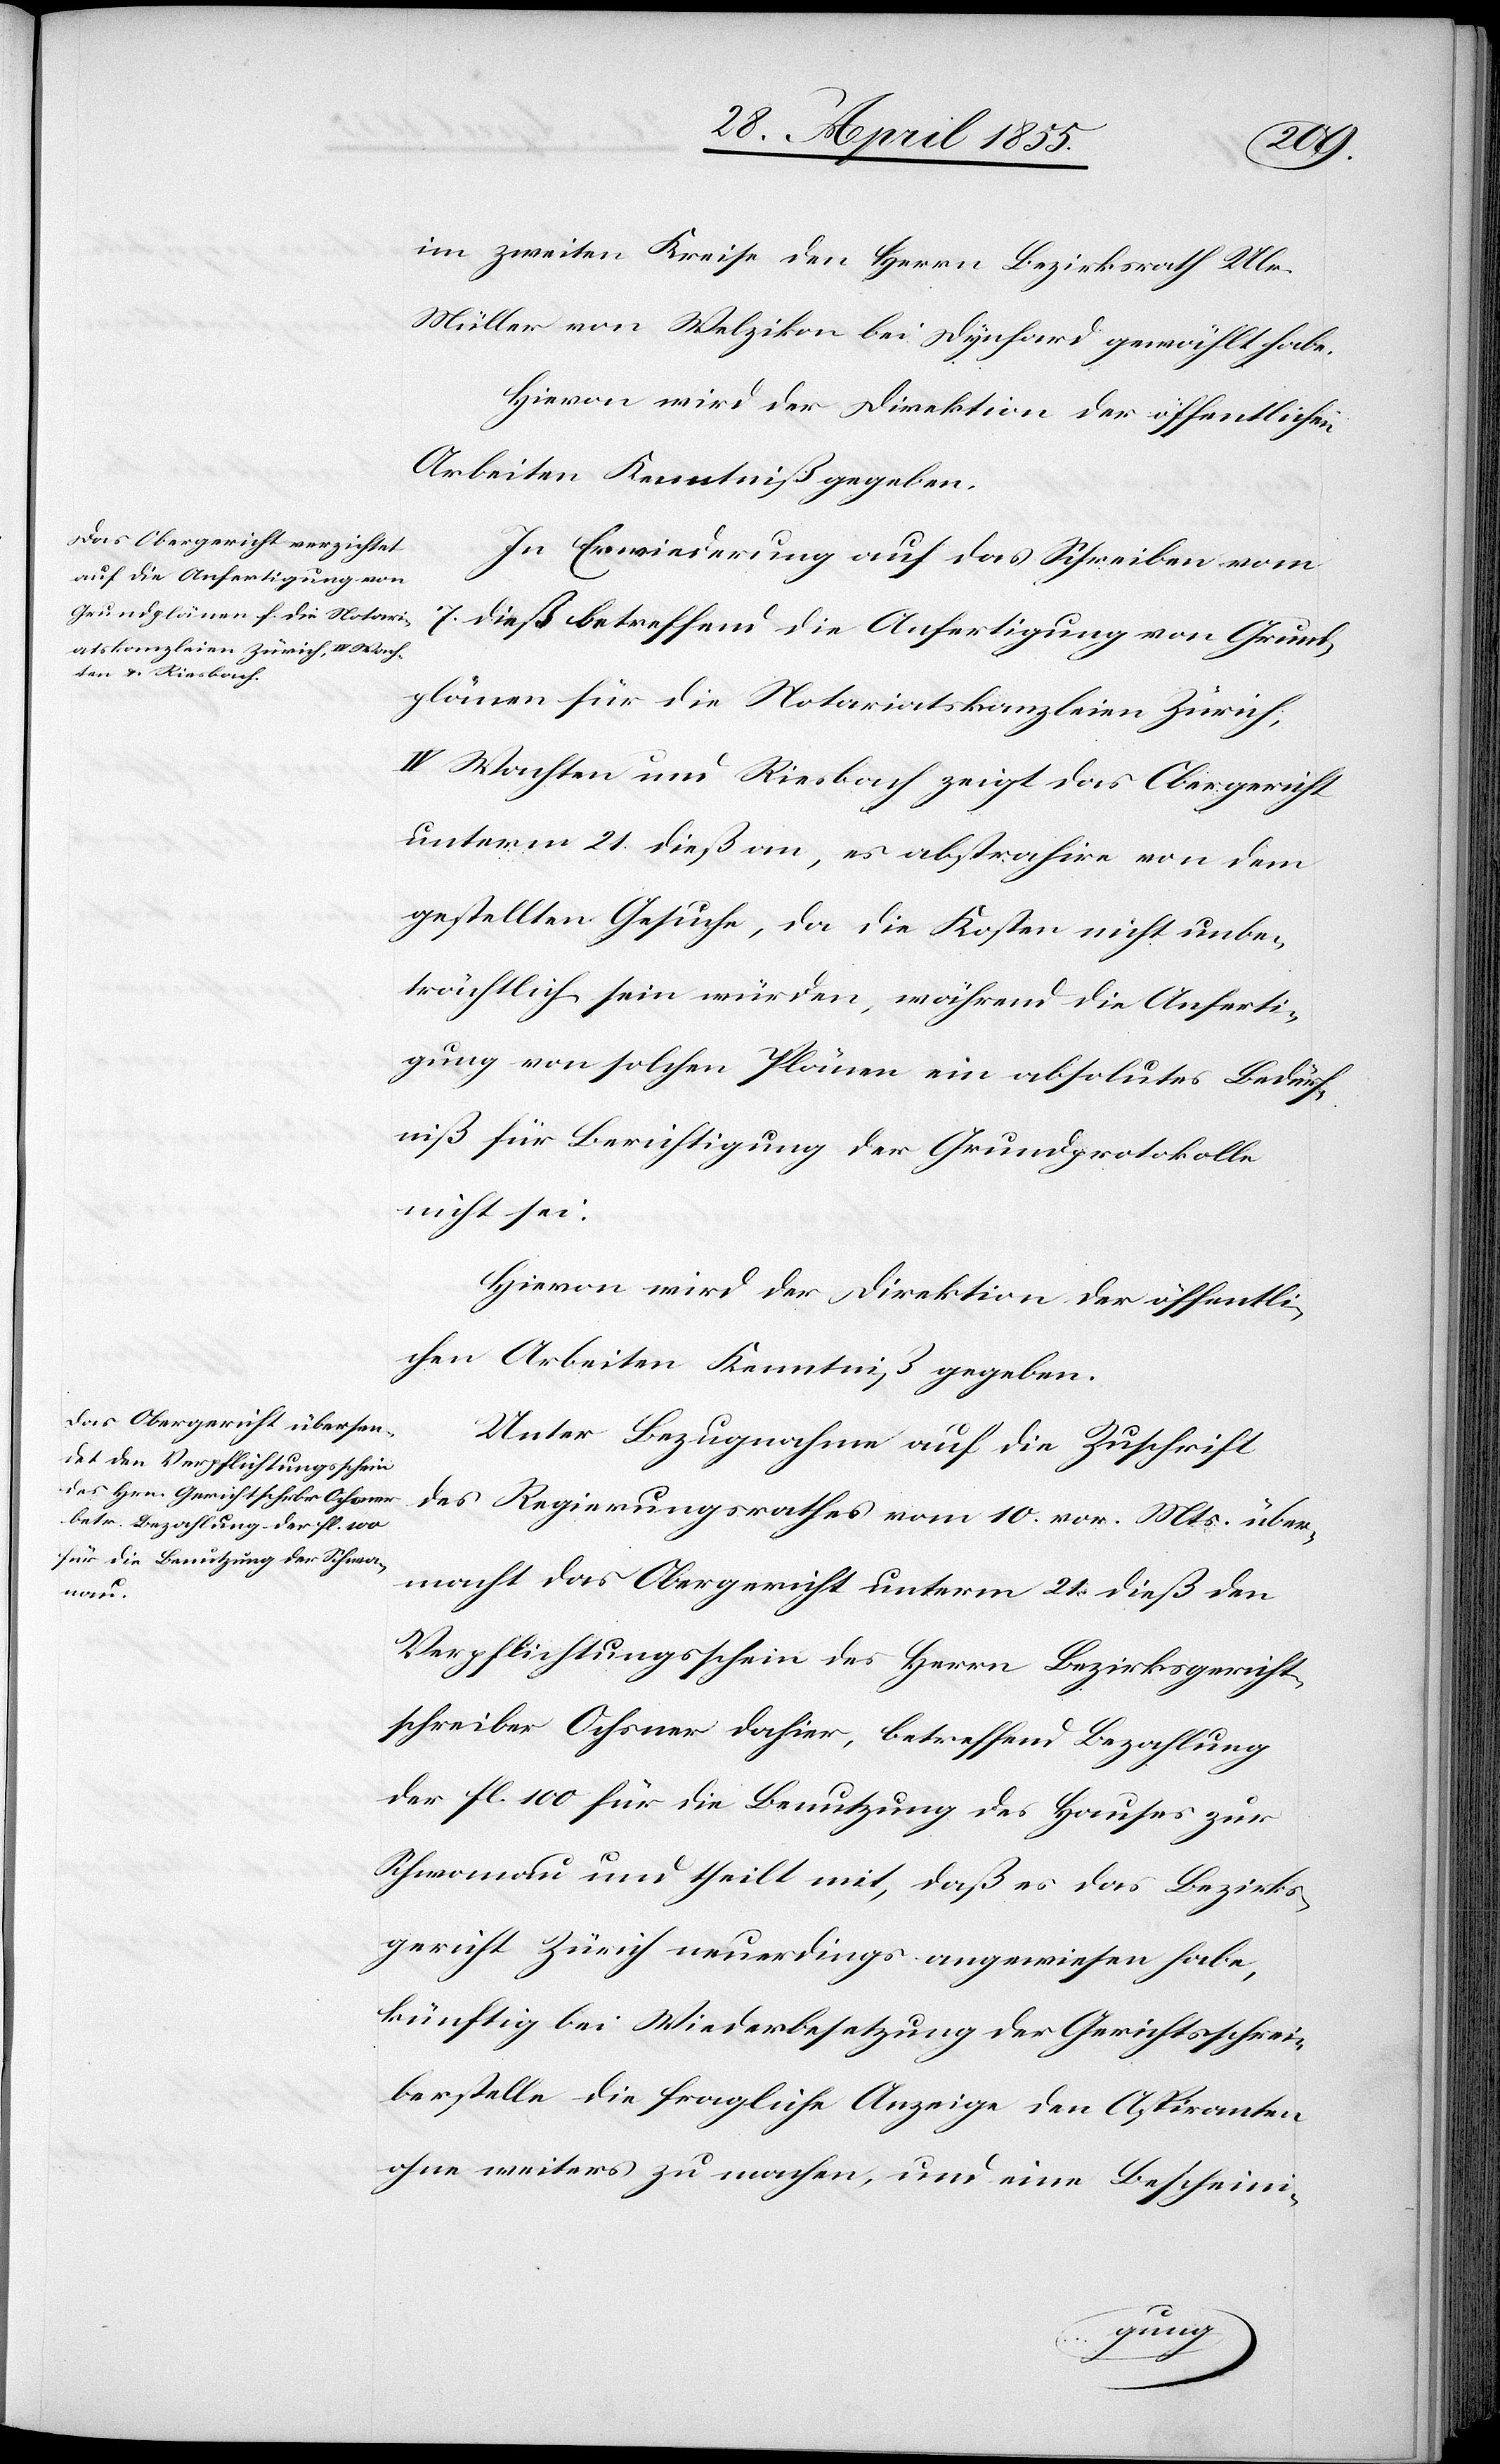
im zweiten Kreise den Herrn Bezirksrath Ulr.
Müller von Welzikon bei Dynhard gewählt habe.
Hievon wird der Direktion der öffentlichen
Arbeiten Kenntniß gegeben.
In Erwiederung auf das Schreiben vom
7. dieß betreffend die Anfertigung von Grund¬
plänen für die Notariatskanzleien Zürich,
IV Wachten und Riesbach zeigt das Obergericht
unterm 21 dieß an, es abstrahire von dem
gestellten Gesuche, da die Kosten nicht unbe¬
trächtlich sein würden, während die Anferti¬
gung von solchen Plänen ein absolutes Bedürf¬
niß für Berichtigung der Grundprotokolle
nicht sei.
Hievon wird der Direktion der öffentli¬
chen Arbeiten Kenntniß gegeben.
Unter Bezugnahme auf die Zuschrift
des Regierungsrathes vom 10. vor. Mts. über¬
macht das Obergericht unterm 21. dieß den
Verpflichtungsschein des Herrn Bezirksgericht¬
schreiber Ochsner dahier, betreffend Bezahlung
der fl. 100 für die Benutzung des Hauses zur
Schwanau und theilt mit, daß es das Bezirks¬
gericht Zürich neuerdings angewiesen habe,
künftig bei Wiederbesetzung der Gerichtsschrei¬
berstelle die fragliche Anzeige den Aspiranten
ohne weiters zu machen, und eine Bescheini-